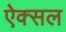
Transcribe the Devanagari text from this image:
ऐक्सल